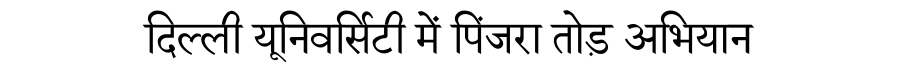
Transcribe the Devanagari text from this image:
दिल्ली यूनिवर्सिटी में पिंजरा तोड़ अभियान